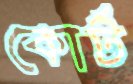
কোর্ট